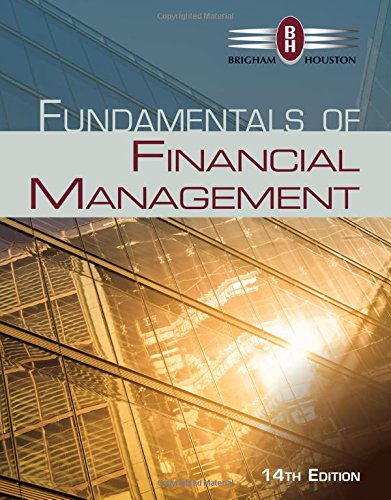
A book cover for Fundamentals of Financial Management (Finance Titles in the Brigham Family); Eugene F. Brigham; Business & Money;